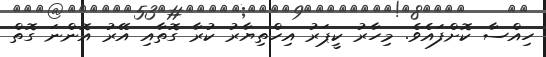
ހިއްސާ ކޮށްފައެވެ. މިހާރު ކީޕަރު އިހްތިޔާރު ކުރާ ގޮތާއި އޭރު އޮންނަ ގޮތް